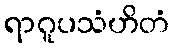
ရာဂူပသံဟိတံ